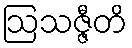
ဩသဇ္ဇီတိ